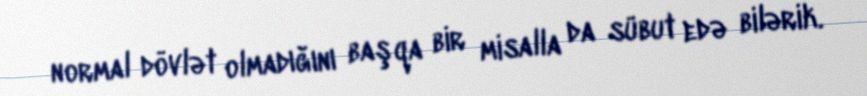
normal dövlət olmadığını başqa bir misalla da sübut edə bilərik.